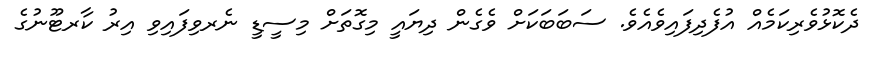
ދެކޮޅުވެރިކަމެއް އުފެދިފައިވެއެވެ. ސަބަބަކަށް ވެގެން ދިޔައީ މިގޮތަށް މިސީޑީ ނެރވިފައިވި އިރު ކާރޓޫނުގެ